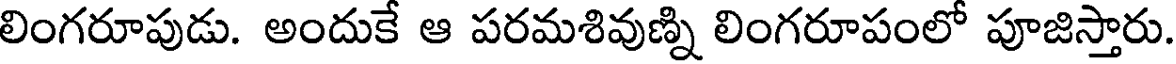
లింగరూపుడు. అందుకే ఆ పరమశివుణ్ని లింగరూపంలో పూజిస్తారు.